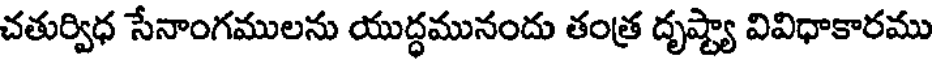
చతుర్విధ సేనాంగములను యుద్ధమునందు తంత్ర దృష్ట్యా వివిధాకారము